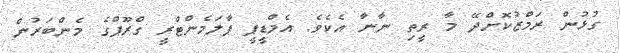
ގުޅުން ރަމްޒުކޮށްދޭ މާ ރީތި ނާނާ އެކެވެ. އެމްޑީޕީ ޕާލަމެންޓްރީ ގްރޫޕްގެ މެންބަރުން